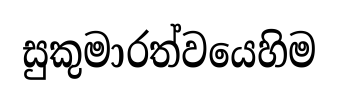
සුකුමාරත්වයෙහිම